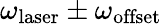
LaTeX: \omega_{\mathrm{laser}}\pm\omega_{\mathrm{offset}}